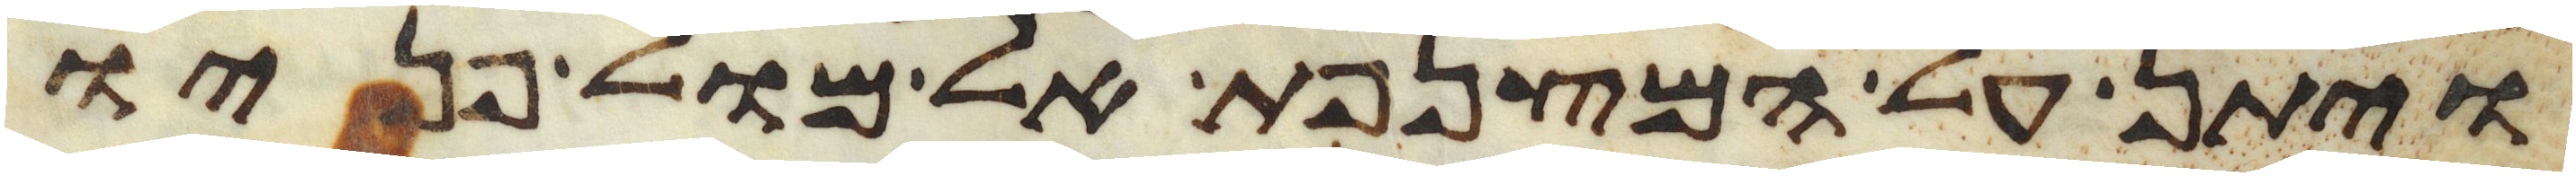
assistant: ויתן על המצנפת אל מול פניו